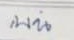
บน